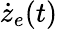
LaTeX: \dot{z}_{e}(t)